Code of medical and sanitary regulations for the guidance of medical officers serving in the Madras Presidency - Volume I
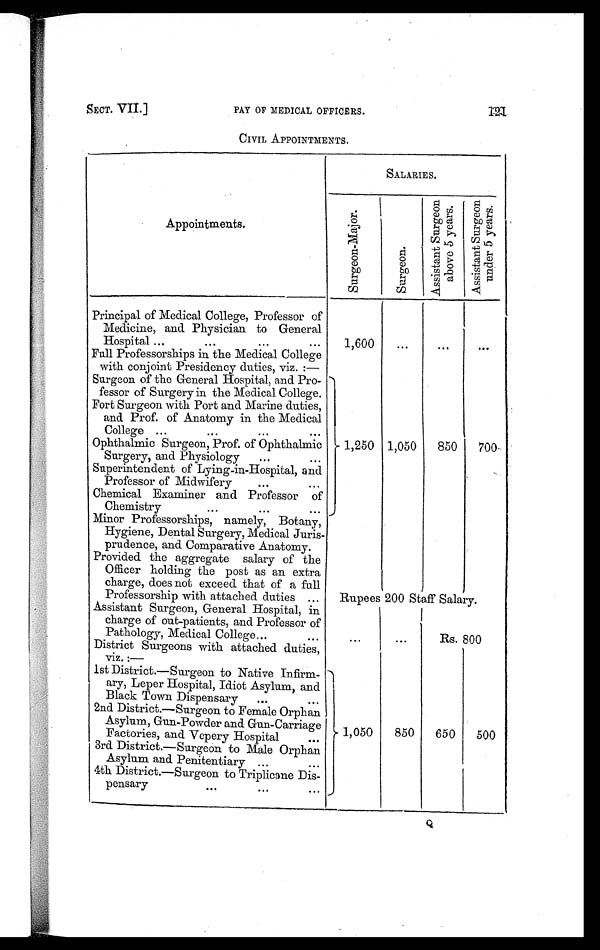
SECT. VII.] PAY OF MEDICAL OFFICERS.
CIVIL APPOINTMENTS.
1 2 1
SALARIES.
Appointments.
S u r g e o n - M a j o r .
S u r g e o n .
A s s i s t a n t S u r g e o n
a b o v e 5 y e a r s .
A s s i s t a n t S u r g e o n
u n d e r 5 y e a r s .
Principal of Medical College, Professor of
Medicine, and Physician to General
1,600
...
. . .
. . .
Hospital ...
...
. . .
. . .
Full Professorships in the Medical College
with conjoint Presidency duties, viz.:—
Surgeon of the General Hospital, and Pro-
fessor of Surgery in the Medical College.
1,250 1,050
850
700
Fort Surgeon with Port and Marine duties,
and Prof. of Anatomy in the Medical
College ...
...
...
...
Ophthalmic Surgeon, Prof. of Ophthalmic
Surgery, and Physiology
...
. . .
Superintendent of Lying-in-Hospital, and
Professor of Midwifery ... ...
Chemical Examiner and Professor of
Chemistry
...
. . .
. . .
Minor Professorships, namely, Botany,
Hygiene, Dental Surgery, Medical Juris-
prudence, and Comparative Anatomy.
Provided the aggregate salary of the
Officer holding the post as an extra
charge, does not exceed that of a full
Professorship with attached duties ...
Rupees 200 Staff Salary.
Assistant Surgeon, General Hospital, in
charge of out-patients, and Professor of
...
. . .
Rs. 800
Pathology, Medical College...
. . .
District Surgeons with attached duties,
viz.:—
1st District.—Surgeon to Native Infirm-)
ary, Leper Hospital, Idiot Asylum, and
1,050
850
650
500
Black Town Dispensary ...
. . .
2nd District.—Surgeon to Female Orphan
Asylum, Gun-Powder and Gun-Carriage
Factories, and Vepery Hospital ...
3rd District.—Surgeon to Male Orphan
Asylum and Penitentiary ...
...
4th District.—Surgeon to Triplicane Dis-
pensary
. . .
. . .
. . .
Q